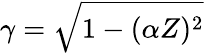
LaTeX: \gamma=\sqrt{1-(\alpha Z)^{2}}